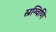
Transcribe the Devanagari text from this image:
स्रग्विणि